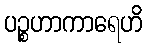
ပဉ္စဟာကာရေဟိ